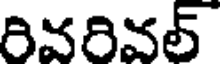
రివరివల్